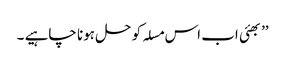
’’ بھئی اب اس مسلہ کو حل ہونا چاہیے ۔